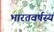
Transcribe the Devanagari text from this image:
भारतवर्षस्य